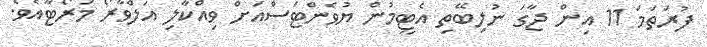
ފުރަތަމަ 11 އިން ޖާގަ ނުލިބޭތި އެޓީމުން ޔުވެންޓަސްއަށް ވިއްކާލި އަލްވާރޯ މަރޯޓާއެވެ.